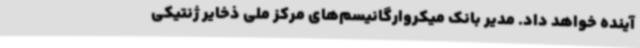
آینده خواهد داد. مدیر بانک میکروارگانیسم‌های مرکز ملی ذخایر ژنتیکی